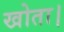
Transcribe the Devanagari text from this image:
खोता।